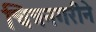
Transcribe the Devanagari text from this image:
चित्रनगरीने